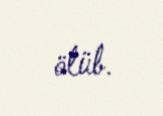
ölüb.